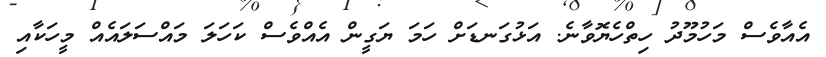
އެއާވެސް މަހުމޫދު ހިތްހެޔޮވާނެ. އަޅުގަނޑަށް ހަމަ ޔަގީން އެއްވެސް ކަހަލަ މައްސަލައެއް މީހަކާއި